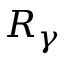
R _ { \gamma }